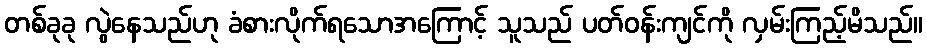
တစ်ခုခု လွဲနေသည်ဟု ခံစားလိုက်ရသောအကြောင့် သူသည် ပတ်ဝန်းကျင်ကို လှမ်းကြည့်မိသည်။